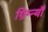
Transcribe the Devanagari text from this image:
ग्रिग्न्याँ